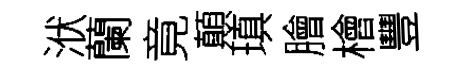
洑蘭竟顛瑱膾檜豐